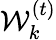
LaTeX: \mathcal{W}_{k}^{(t)}